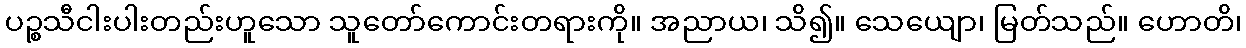
ပဉ္စသီငါးပါးတည်းဟူသော သူတော်ကောင်းတရားကို။ အညာယ၊ သိ၍။ သေယျော၊ မြတ်သည်။ ဟောတိ၊